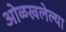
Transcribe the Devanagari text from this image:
ओळखलेल्या